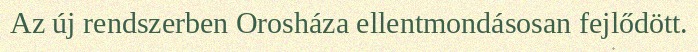
Az új rendszerben Orosháza ellentmondásosan fejlődött.